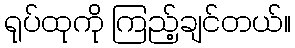
ရုပ်ထုကို ကြည့်ချင်တယ်။